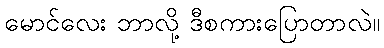
မောင်လေး ဘာလို့ ဒီစကားပြောတာလဲ။